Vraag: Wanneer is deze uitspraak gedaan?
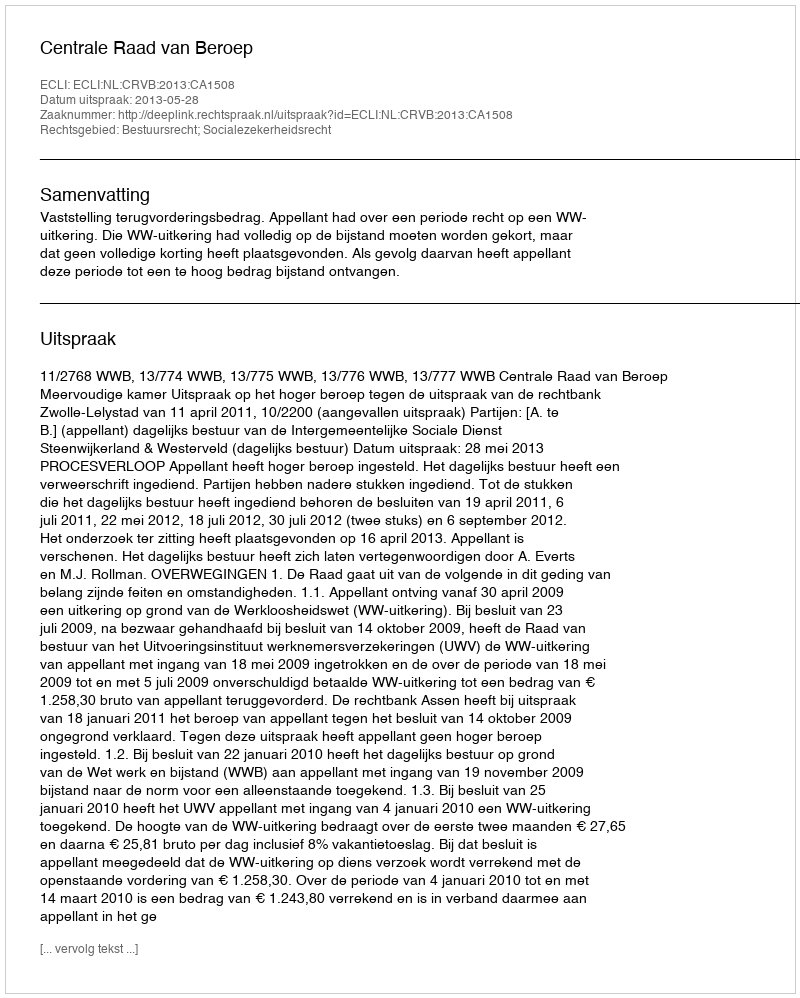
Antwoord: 2013-05-28